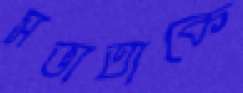
সভ্যতাকে